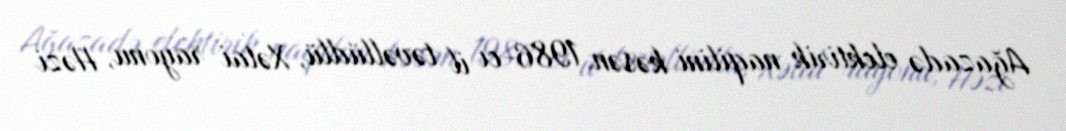
Ağazadə elektirik naqilini kəsən 1986-cı il təvəllüdlü, Xətai rayonu, Həzi